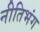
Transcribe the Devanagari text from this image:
नीतिभंग